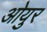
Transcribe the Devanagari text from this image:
ओयुर